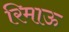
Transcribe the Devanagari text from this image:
रिमाऊ